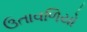
ઉતાવળિયો